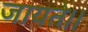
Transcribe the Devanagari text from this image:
जायते।।